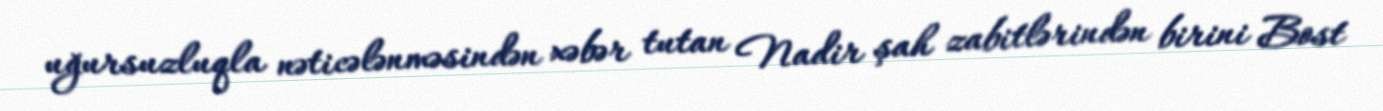
uğursuzluqla nəticələnməsindən xəbər tutan Nadir şah zabitlərindən birini Bost